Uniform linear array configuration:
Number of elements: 32
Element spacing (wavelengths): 0.75
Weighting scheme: blackman
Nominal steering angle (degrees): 15
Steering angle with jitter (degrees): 16.51
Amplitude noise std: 0.05
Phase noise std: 0.05

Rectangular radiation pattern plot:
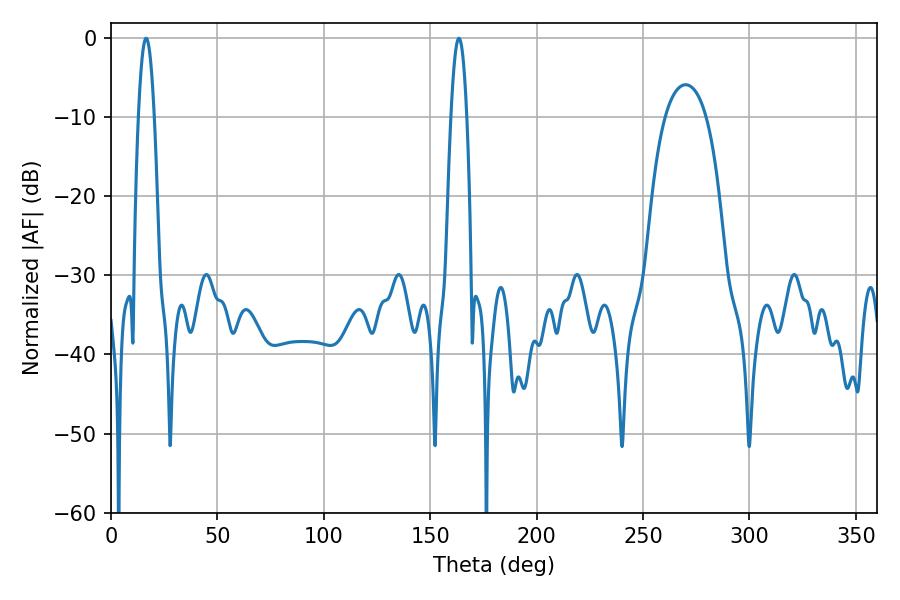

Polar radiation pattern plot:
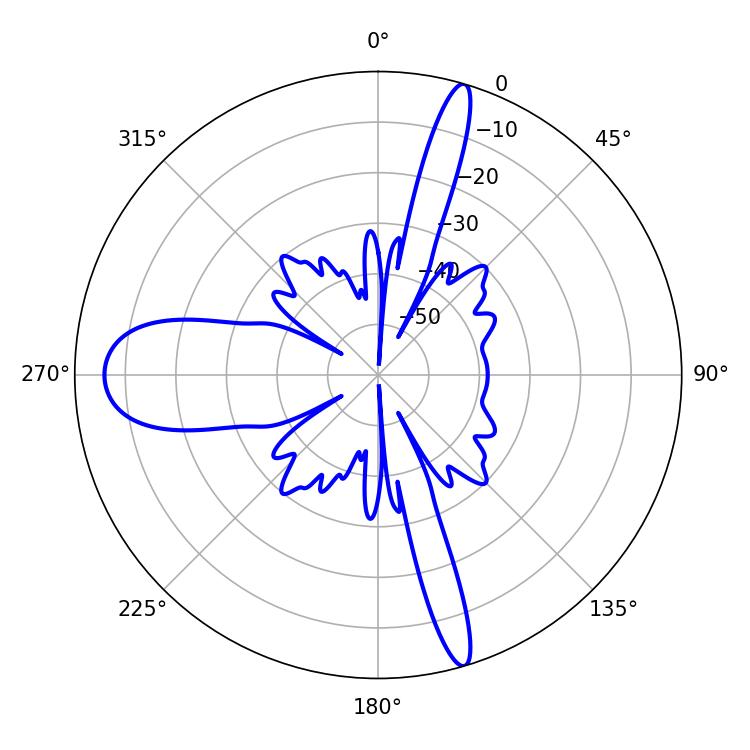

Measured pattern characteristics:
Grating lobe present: TRUE
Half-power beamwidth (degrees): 3.96
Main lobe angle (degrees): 16.56